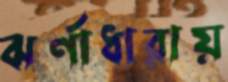
ঝর্ণাধারায়